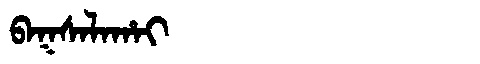
Manchu: ᠪᠠᡴᠰᠠᠯᠠᡥᠠᡳ
Romanization: BAKSALAHAI